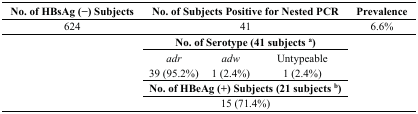
| No. of HBsAg (−) Subjects | <COLSPAN=3> No. of Subjects Positive for Nested PCR | Prevalence |
 | --- | --- | --- | --- | --- |
 | 624 | <COLSPAN=3> 41 | 6.6% |
 | <ROWSPAN=5>  | <COLSPAN=3> No. of Serotype (41 subjects a) | <ROWSPAN=5>  |
 | adr | adw | Untypeable |
 | 39 (95.2%) | 1 (2.4%) | 1 (2.4%) |
 | <COLSPAN=3> No. of HBeAg (+) Subjects (21 subjects b) |
 | <COLSPAN=3> 15 (71.4%) |